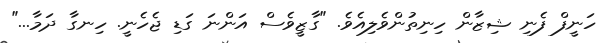
ހަނީފް ފެނި ޝިޒާން ހިނިތުންވެލިއެވެ. "ގާޒީވެސް އަންނަ ގަޑި ޖެހެނީ. ހިނގާ ދަމާ..."